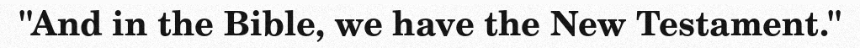
"And in the Bible, we have the New Testament."